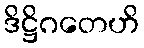
ဒိဋ္ဌိဂတေဟိ